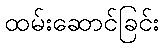
ထမ်းဆောင်ခြင်း